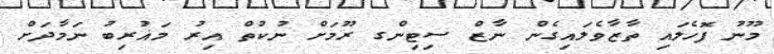
މޫނު ފޮހެލައި ތާޒާވެލައިގެން ނާޒް ސިޓިންގ ރޫމަށް ނުކުތް އިރު މަޣުރިބު ނަމާދަށް